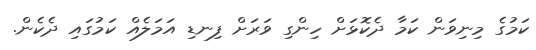
ކަމުގެ މިނިވަން ކަމާ ދެކޮޅަށް ހިންގި ވަރަށް ފިނޑި އަމަލެއް ކަމުގައި ދެކެން.